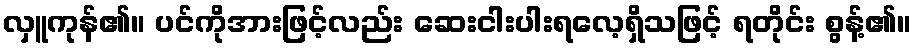
လှူကုန်၏။ ပင်ကိုအားဖြင့်လည်း ဆေးငါးပါးရလေ့ရှိသဖြင့် ရတိုင်း စွန့်၏။